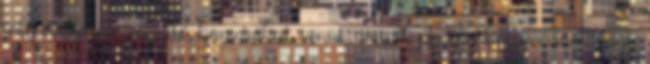
folyamatosan rögzítő kamerákat venni, amivel pl. egy koccanásnál vagy